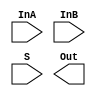
/*
    CS/ECE 552 Spring '20
    Homework #1, Problem 1

    2-1 mux template
*/
module mux2_1(InA, InB, S, Out);
    input   InA, InB;
    input   S;
    output  Out;

    // YOUR CODE HERE

endmodule